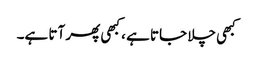
کبھی چلا جاتا ہے ، کبھی پھر آتا ہے۔